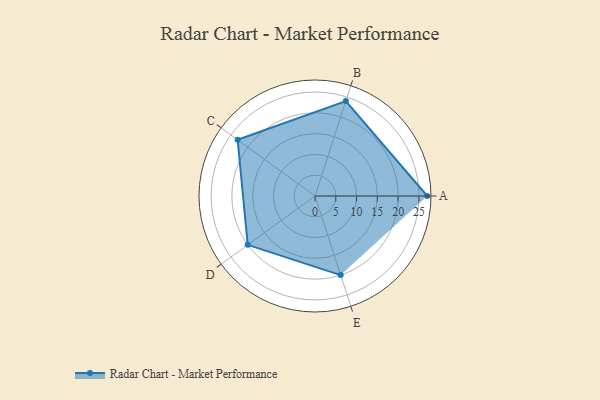
{"axis": {"x": "Skill", "y": "Score"}, "legend": ["Profile"], "data": [{"x": "A", "y": 27.0, "type": "Profile"}, {"x": "B", "y": 24.0, "type": "Profile"}, {"x": "C", "y": 23.0, "type": "Profile"}, {"x": "D", "y": 20, "type": "Profile"}, {"x": "E", "y": 20, "type": "Profile"}]}